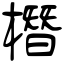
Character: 橬